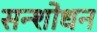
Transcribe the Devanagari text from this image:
सन्शोधन